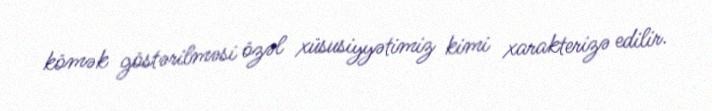
kömək göstərilməsi özəl xüsusiyyətimiz kimi xarakterizə edilir.